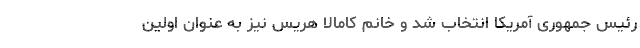
رئیس جمهوری آمریکا انتخاب شد و خانم کامالا هریس نیز به عنوان اولین